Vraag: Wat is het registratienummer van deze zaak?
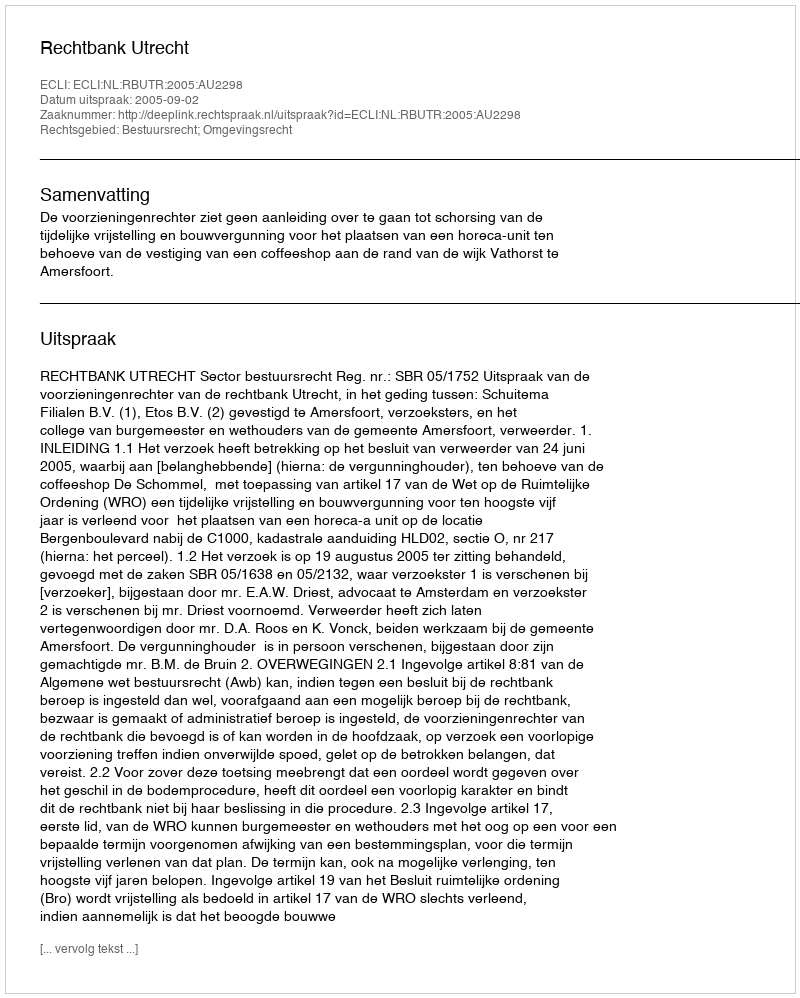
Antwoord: http://deeplink.rechtspraak.nl/uitspraak?id=ECLI:NL:RBUTR:2005:AU2298